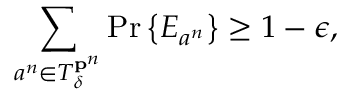
\sum _ { a ^ { n } \in T _ { \delta } ^ { \mathbf { p } ^ { n } } } \operatorname* { P r } \left\{ E _ { a ^ { n } } \right\} \geq 1 - \epsilon ,